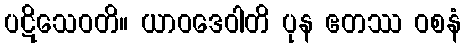
ပဋိသေဝတိ။ ယာဝဒေဝါတိ ပုန ဧတဿ ဝစနံ